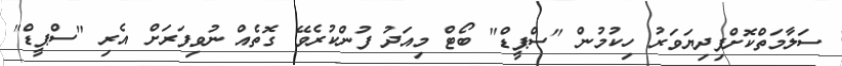
ސަލާމަތްކޮށްފިދިޔަވަރު ހިކުމުން "ސްޕީޑް" ބޯޓް މިއަދު ފުންކުރެވޭ ގޮތެއް ނުވިފަރަށް އެރި "ސްޕީޑް"